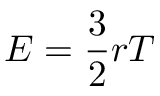
E = { \frac { 3 } { 2 } } r T